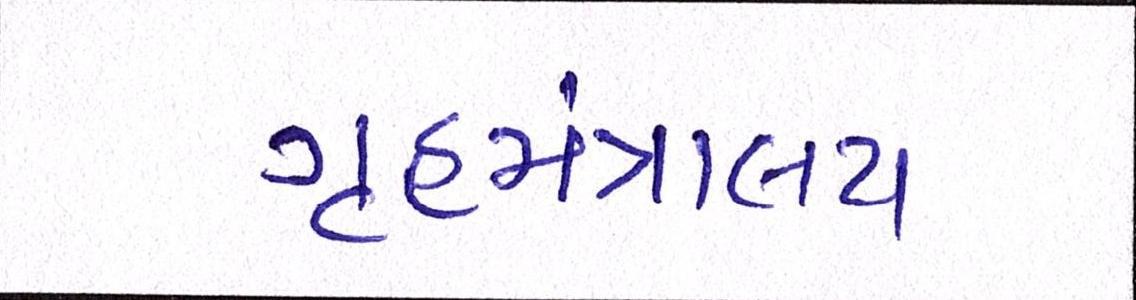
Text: ગૃહમંત્રાલય